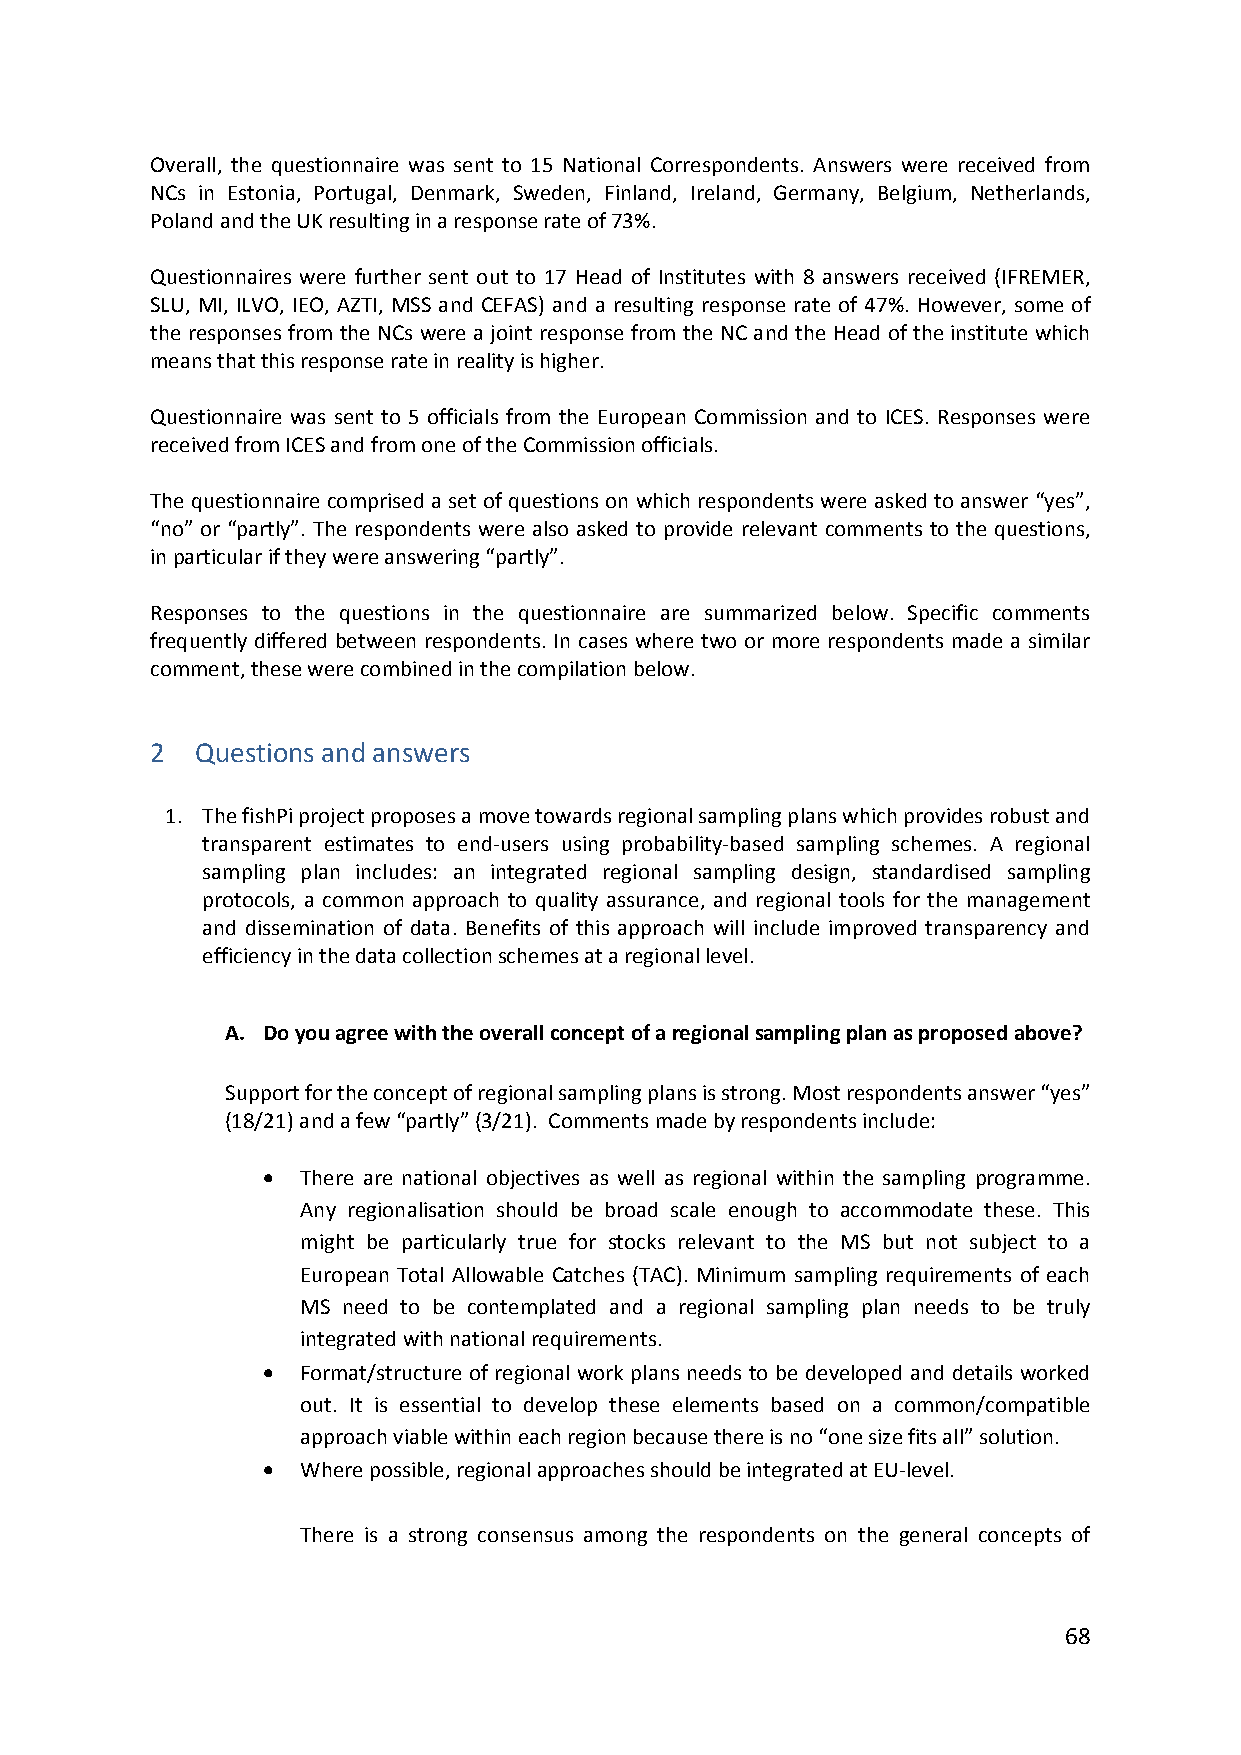
Overall, the questionnaire was sent to 15 National Correspondents. Answers were received from
 NCs in Estonia, Portugal, Denmark, Sweden, Finland, Ireland, Germany, Belgium, Netherlands,
 Poland and the UK resulting in a response rate of 73%.
 Questionnaires were further sent out to 17 Head of Institutes with 8 answers received (IFREMER,
 SLU, MI, ILVO, IEO, AZTI, MSS and CEFAS) and a resulting response rate of 47%. However, some of
 the responses from the NCs were a joint response from the NC and the Head of the institute which
 means that this response rate in reality is higher.
 Questionnaire was sent to 5 officials from the European Commission and to ICES. Responses were
 received from ICES and from one of the Commission officials.
 The questionnaire comprised a set of questions on which respondents were asked to answer “yes”,
 “no” or “partly”. The respondents were also asked to provide relevant comments to the questions,
 in particular if they were answering “partly”.
 Responses to the questions in the questionnaire are summarized below. Specific comments
 frequently differed between respondents. In cases where two or more respondents made a similar
 comment, these were combined in the compilation below.
 2  Questions and answers
 1. The fishPi project proposes a move towards regional sampling plans which provides robust and
 transparent estimates to end‐users using probability‐based sampling schemes. A regional
 sampling plan includes: an integrated regional sampling design, standardised sampling
 protocols, a common approach to quality assurance, and regional tools for the management
 and dissemination of data. Benefits of this approach will include improved transparency and
 efficiency in the data collection schemes at a regional level.
 A. Do you agree with the overall concept of a regional sampling plan as proposed above?
 Support for the concept of regional sampling plans is strong. Most respondents answer “yes”
 (18/21) and a few “partly” (3/21). Comments made by respondents include:
   There are national objectives as well as regional within the sampling programme.
 Any regionalisation should be broad scale enough to accommodate these. This
 might be particularly true for stocks relevant to the MS but not subject to a
 European Total Allowable Catches (TAC). Minimum sampling requirements of each
 MS need to be contemplated and a regional sampling plan needs to be truly
 integrated with national requirements.
   Format/structure of regional work plans needs to be developed and details worked
 out. It is essential to develop these elements based on a common/compatible
 approach viable within each region because there is no “one size fits all” solution.
   Where possible, regional approaches should be integrated at EU‐level.
 There is a strong consensus among the respondents on the general concepts of
 68